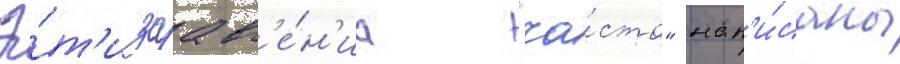
Э́т'и заавл'е́н'иа "ча́сто" нап'и́саны